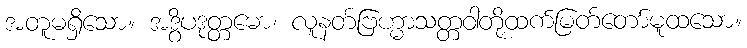
အတူမရှိသော။ အဒွိပဒုတ္တမော၊ လူနတ်ဗြဟ္မာသတ္တဝါတို့ထက်မြတ်တော်မူထသော။